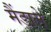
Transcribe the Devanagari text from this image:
मैंडाले